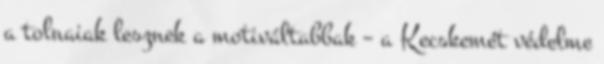
a tolnaiak lesznek a motiváltabbak – a Kecskemét védelme